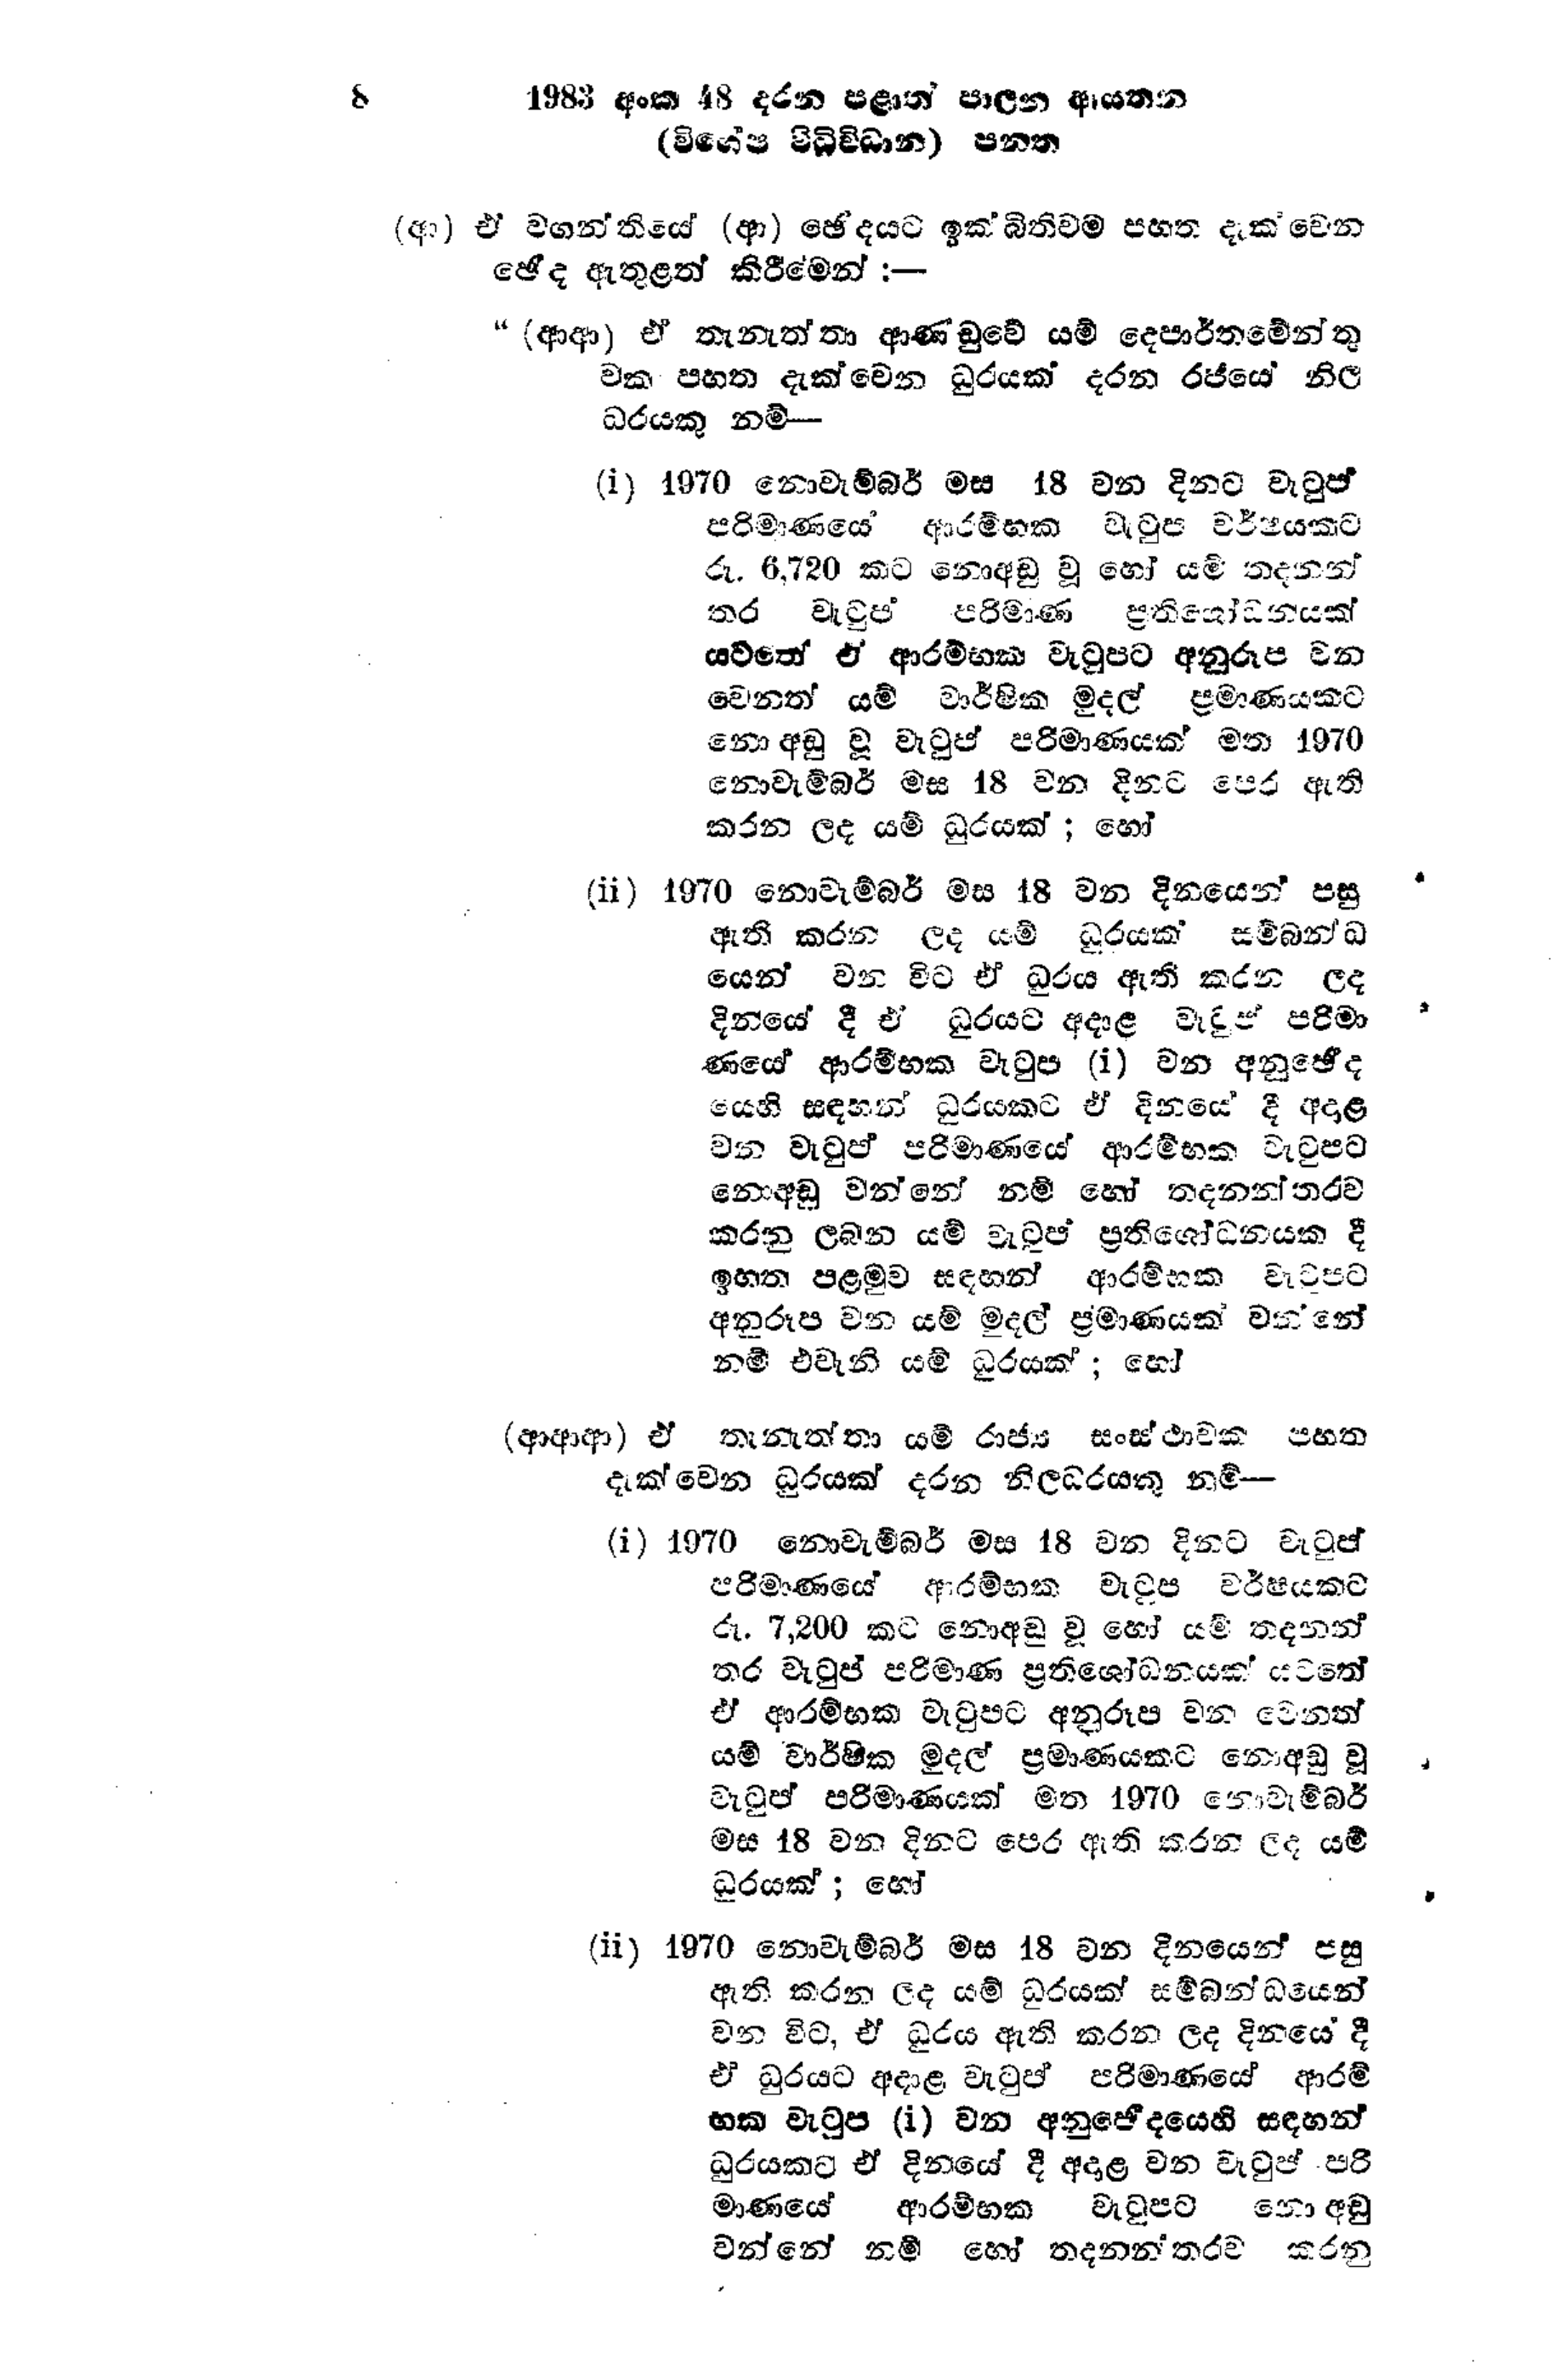
8 1983 අංක 48 දරන පළාත් පාලන ආයතන
(විශේෂ විධිවිධාන) පනත

(ආ) ඒ වගන්තියේ (ආ) ඡේදයට ඉක්බිතිවම පහත දැක්වෙන
ඡේද ඇතුළත් කිරීමෙන් :-

“(ආආ) ඒ තැනැත්තා ආණඩුවේ යම් දෙපාර්තමේන්තු
වක පහත දැක්වෙන ධුරයක් දරන රජයේ නිල
ධරයකු නම්-

(i) 1970 නොවැම්බර් මස 18 වන දිනට වැටුප්
පරිමාණයේ ආරම්භක වැටුප වර්ෂයකට
රු. 6,720 කට නොඅඩු වූ හෝ යම් තදනන්
තර වැටුප පරිමාණ ප්‍රතිශෝධනයක්
යටතේ ඒ ආරම්භක වැටුපට අනුරූප වන
වෙනත් යම් වාර්ෂික මුදල් ප්‍රමාණයකට
නොඅඩු වූ වැටුප් පරිමාණයක් මත 1970
නොවැම්බර් මස 18 වන දිනට පෙර ඇති
කරන ලද යම් ධුරයක් ; හෝ

(ii) 1970 නොවැම්බර් මස 18 වන දිනයෙන් පසු
ඇති කරන ලද යම් ධුරයක් සම්බන්ධ
යෙන් වන විට ඒ ධුරය ඇති කරන ලද
දිනයේ දී ඒ ධුරයට අදාළ වැටුප් පරිමා
ණයේ ආරම්භක වැටුප (i) වන අනුඡේද
යෙහි සඳහන් ධුරයකට ඒ දිනයේ දී අදාළ
වන වැටුප් පරිමාණයේ ආරම්භක වැටුපට
නොඅඩු වන්නේ නම් හෝ තදනන්තරව
කරනු ලබන යම් වැටුප් ප්‍රතිශෝධනයක දී
ඉහත පළමුව සඳහන් ආරම්භක වැටුපට
අනුරූප වන යම් මුදල් ප්‍රමාණයක් වනන්නේ
නම් එවැනි යම් ධූරයක්; හෝ

(ආ ආ ආ ) ඒ තැනැත්තා යම් රාජ්‍ය සංස්ථාවක පහත
දැක්වෙන ධුරයක් දරන නිලධරයකු නම්-

(i) 1970 නොවැම්බර් මස 18 වන දිනට වැටුප්
පරිමාණයේ ආරම්භක වැටුප වර්ෂයකට
රු. 7,200 කට නොඅඩු වූ හෝ යම් තදනන්
තර වැටුප් පරිමාණ ප්‍රතිශෝධනයක් යටතේ
ඒ ආරම්භක වැටුපට අනුරූප වන වෙනත්
යම් වාර්ෂික මුදල් ප්‍රමාණයකට නොඅඩු වූ
වැටුප් පරිමාණයක් මත 1970 නොවැම්බර්
මස 18 වන දිනට පෙර ඇති කරන ලද යම්
ධූරයක්; හෝ

(ii) 1970 නොවැම්බර් මස 18 වන දිනයෙන් පසු
ඇති කරන ලද යම් ධුරයක් සම්බන්ධයෙන්
වන විට, ඒ ධුරය ඇති කරන ලද දිනයේ දී
ඒ ධුරයට අදාළ වැටුප් පරිමාණයේ ආරම්
භක වැටුප (i) වන අනුඡේදයෙහි සඳහන්
ධුරයකට ඒ දිනයේ දී අදාළ වන වැටුප් පරි
මාණයේ ආරම්භක වැටුපට නොඅඩු
වන්නේ නම් හෝ තදනන්තරව කරනු